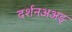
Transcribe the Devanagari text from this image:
दर्शनअअङ्